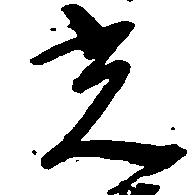
光